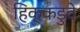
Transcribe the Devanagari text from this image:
हिक्कडुवे